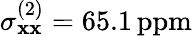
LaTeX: \sigma_{\mathbf{x}\mathbf{x}}^{(2)}=65.1\mathrm{{\, ppm}}